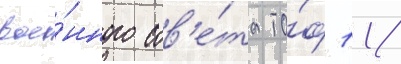
вое́нного сов'е́та то́ф 11/